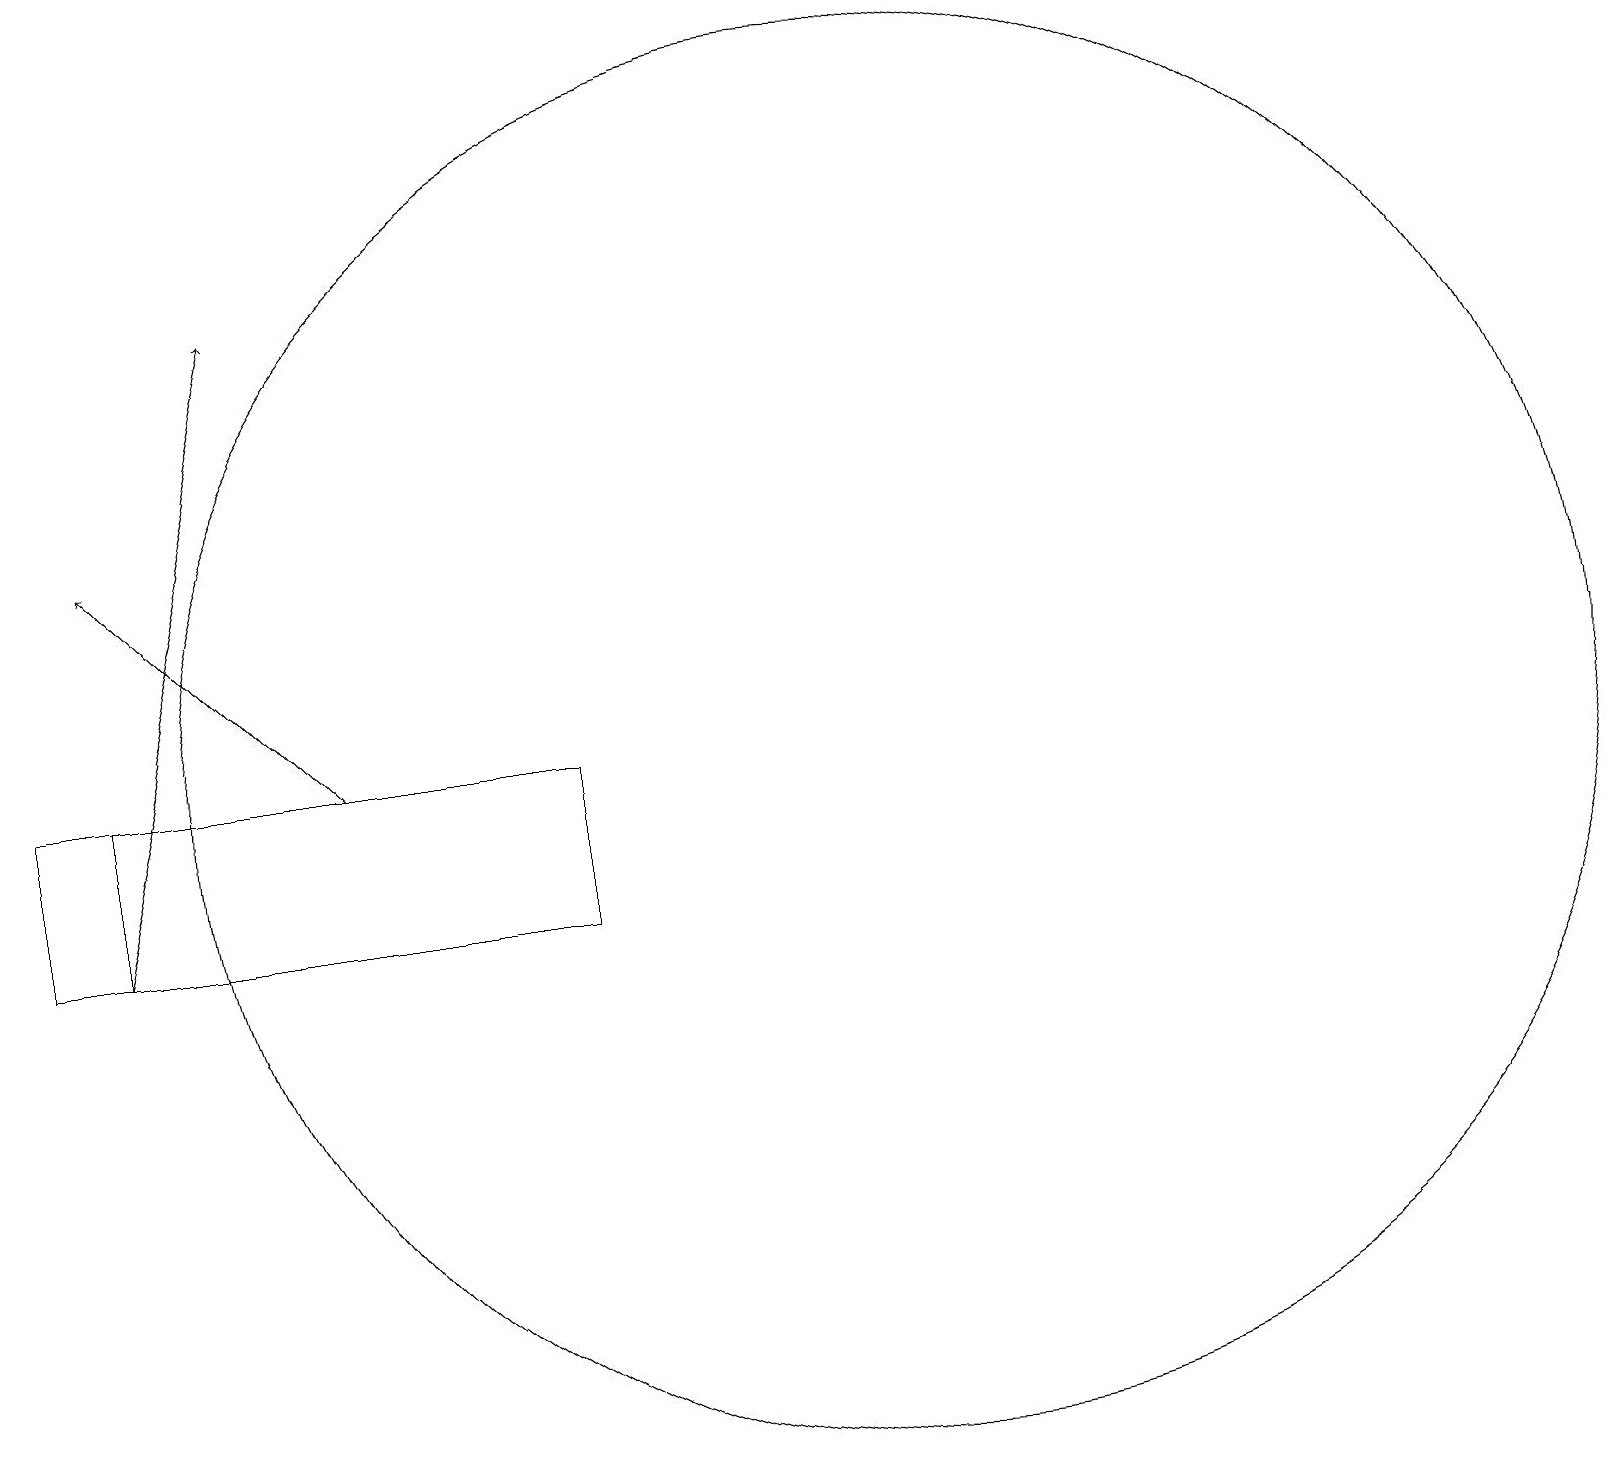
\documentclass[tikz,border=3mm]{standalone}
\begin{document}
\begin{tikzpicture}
\draw[->] (4,12) -- (1,15);
\draw (11,12) circle (9);
\draw (7,12) rectangle (1,10);
\draw[->] (1,10) -- (3,18);
\draw (1,12) rectangle (0,10);
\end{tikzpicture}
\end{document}